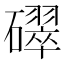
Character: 𥖮